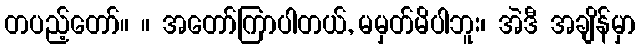
တပည့်တော်။ ။ အတော်ကြာပါတယ်, မမှတ်မိပါဘူး၊ အဲဒီ အချိန်မှာ